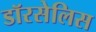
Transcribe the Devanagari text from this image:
डॉरसेलिस